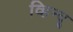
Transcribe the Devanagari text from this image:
व्हिन्दू